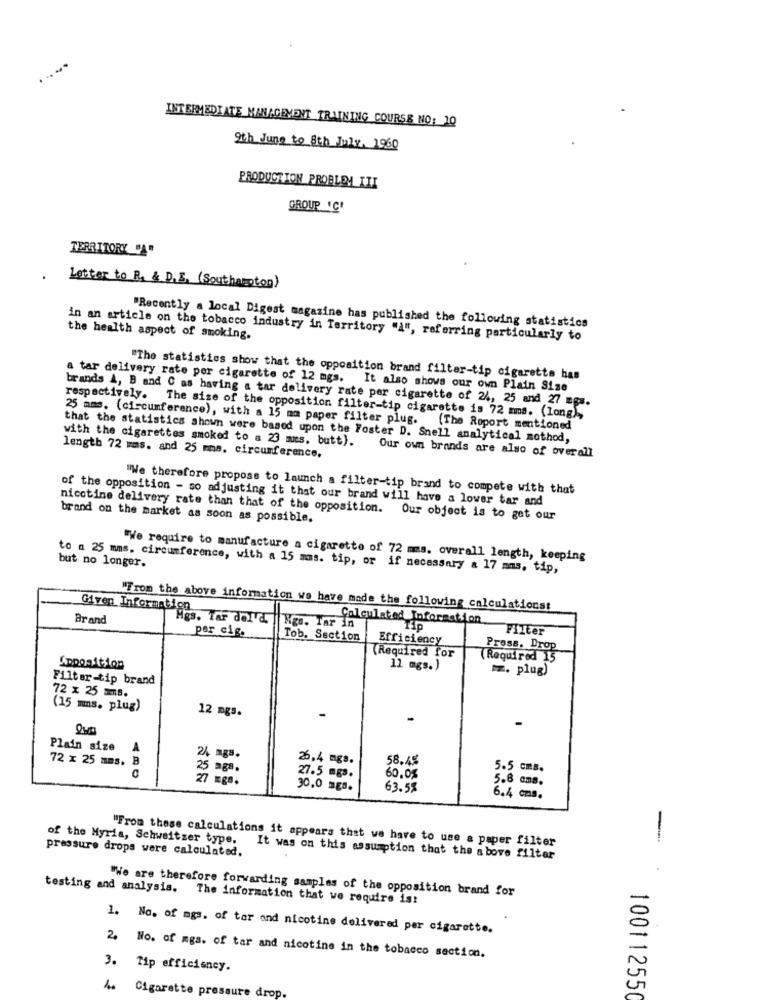
INTERMEDIATE MANAGEMENT TRAINING COURSE NO: 10
9th June to 8th July, 1960
PRODUCTION PROBLEM III
GROUP 'C'
TERRITORY "A"
Letter to R & D.E. (Southampton)
"Recently a local Digest magazine has published the following statistics
in an article on the tobacco industry in Territory "A", referring particularly to
the health aspect of smoking.
"The statistics show that the opposition brand filter-tip cigarette has
a tar delivery rate per cigarette of 12 mgs. It also shows our own Plain Size
brands A, B and C as having a tar delivery rate per cigarette of 24, 25 and 27 mgs.
respectively. The size of the opposition filter-tip cigarette is 72 mms. (long),
25 mms. (circumference), with a 15 mm paper filter plug. (The Roport mentioned
with the cigarettes smoked to a 23 mics, butt).
that the statistics shown were based upon the Foster D. Snell analytical mothod,
length 72 mms. and 25 mms. circumference.
Our own brands are also of overall
"We therefore propose to launch a filter-tip brand to compete with that
of the opposition - so adjusting it that our brand will have a lower tar and
nicotine delivery rate than that of the opposition. Our object is to get our
brand on the market as soon as possible.
but no longer.
"We require to manufacture a cigarette of 72 mms. overall length, keeping
to a 25 mms. circumference, with a 15 mms. tip, or if necessary & 17 mms. tip,
"From the above information we have made the following calculationst
Brand
Given Informations Tar dol'd.
Calculated Information
per cig.
Mgo. Tar In
Filter
Tob. Section
Efficiency
Press. Drop
(Required for
Required 15
11 mgs.)
. plug)
Filtar-tip brand
72 x 25 mms.
(15 mns. plug)
12 mgs.
Plain size A
72 x 25 mms.
26.4 mgs.
58.4%
25 ags.
5.5 cms.
27 Eg8.
27.5 mgs.
60,05
5.8 ams.
30,0 mgs.
63.55
6.4 cms.
"From these calculations it appears that we have to use a paper filter
-
pressure drops were calculated.
of the Myria, Schweitzer type. It was on this assumption that the above filter
"We are therefore forwarding samples of the opposition brand for
testing and analysis. The information that we require ist
1. No. of mgs. of tar and nicotine delivered per cigarette.
2. No. of mgs. of tar and nicotine in the tobacco section.
3. Tip efficiency.
Cigarette pressure drop.
100112550